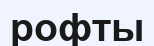
рофты